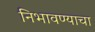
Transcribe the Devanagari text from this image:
निभावण्याचा